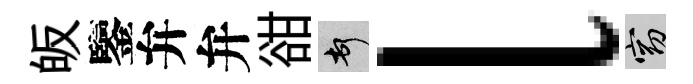
皈鑒弁弁𧮳頓l窈